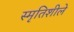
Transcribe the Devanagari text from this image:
स्मृतिशीले